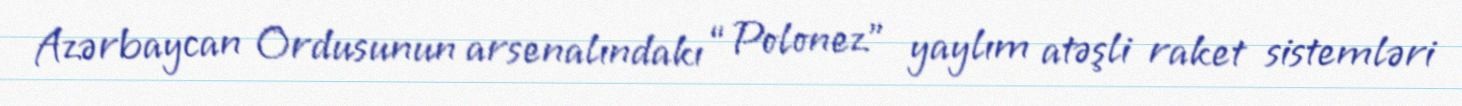
Azərbaycan Ordusunun arsenalındakı “Polonez” yaylım atəşli raket sistemləri